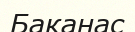
Баканас